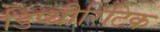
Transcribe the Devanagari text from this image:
डिप्थीरिटिक